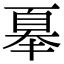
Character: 𭑜